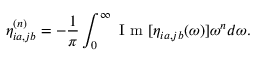
\eta _ { i a , j b } ^ { ( n ) } = - \frac { 1 } { \pi } \int _ { 0 } ^ { \infty } \textrm { I m } [ \eta _ { i a , j b } ( \omega ) ] \omega ^ { n } d \omega .